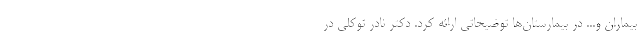
بیماران و... در بیمارستان‌ها توضیحاتی ارائه کرد. دکتر نادر توکلی در